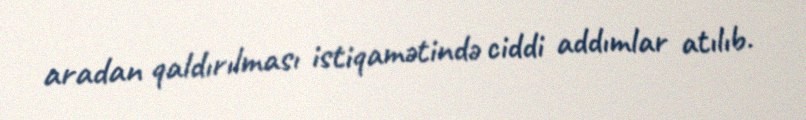
aradan qaldırılması istiqamətində ciddi addımlar atılıb.